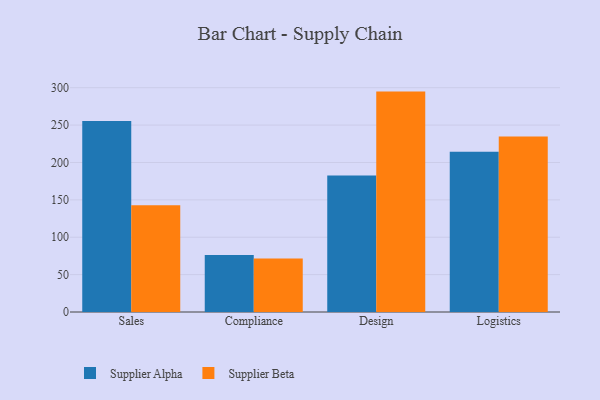
{"axis": {"x": "Department", "y": "Shipments"}, "legend": ["Supplier Alpha", "Supplier Beta"], "data": [{"x": "Sales", "y": 255.5, "type": "Supplier Alpha"}, {"x": "Sales", "y": 142.9, "type": "Supplier Beta"}, {"x": "Compliance", "y": 76.2, "type": "Supplier Alpha"}, {"x": "Compliance", "y": 71.7, "type": "Supplier Beta"}, {"x": "Design", "y": 182.5, "type": "Supplier Alpha"}, {"x": "Design", "y": 294.8, "type": "Supplier Beta"}, {"x": "Logistics", "y": 214.5, "type": "Supplier Alpha"}, {"x": "Logistics", "y": 234.6, "type": "Supplier Beta"}]}